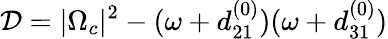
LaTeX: \mathcal{D}=|\Omega_{c}|^{2}-(\omega+d_{21}^{(0)})(\omega+d_{31}^{(0)})